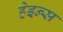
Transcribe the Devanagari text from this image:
हेइन्स